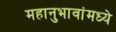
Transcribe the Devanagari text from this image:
महानुभावांमध्ये